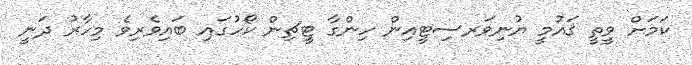
ކަމަށް ވީތީ ޤައުމީ ޔުނިވަރސިޓީއިން ހިންގާ ޓީޗިން ކޯހުގައި ބައިވެރިވެ މިހާރު ދަނީ